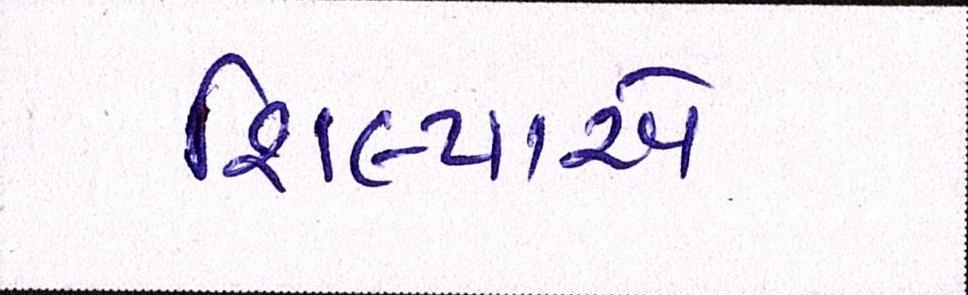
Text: શિલ્પાએ